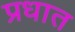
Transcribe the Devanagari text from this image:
प्रधात